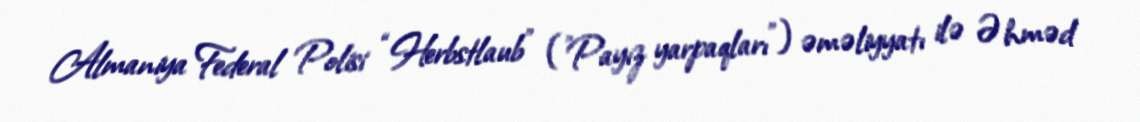
Almaniya Federal Polisi “Herbstlaub” (”Payız yarpaqları”) əməliyyatı ilə Əhməd